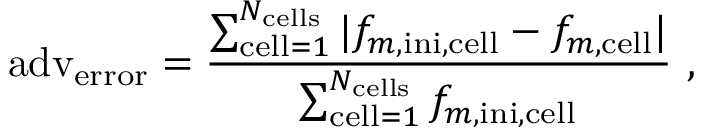
\mathrm { a d v } _ { \mathrm { e r r o r } } = \frac { \sum _ { \mathrm { c e l l } = 1 } ^ { N _ { \mathrm { c e l l s } } } | f _ { m , \mathrm { i n i } , \mathrm { c e l l } } - f _ { m , \mathrm { c e l l } } | } { \sum _ { \mathrm { c e l l } = 1 } ^ { N _ { \mathrm { c e l l s } } } f _ { m , \mathrm { i n i } , \mathrm { c e l l } } } \mathrm { ~ , ~ }